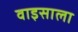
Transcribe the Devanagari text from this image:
वाइसाला